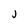
Character: j